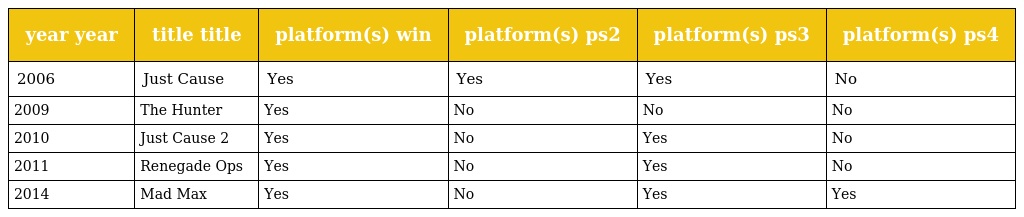
| year year | title title | platform(s) win | platform(s) ps2 | platform(s) ps3 | platform(s) ps4 |
 | --- | --- | --- | --- | --- | --- |
 | 2006 | Just Cause | Yes | Yes | Yes | No |
 | 2009 | The Hunter | Yes | No | No | No |
 | 2010 | Just Cause 2 | Yes | No | Yes | No |
 | 2011 | Renegade Ops | Yes | No | Yes | No |
 | 2014 | Mad Max | Yes | No | Yes | Yes |